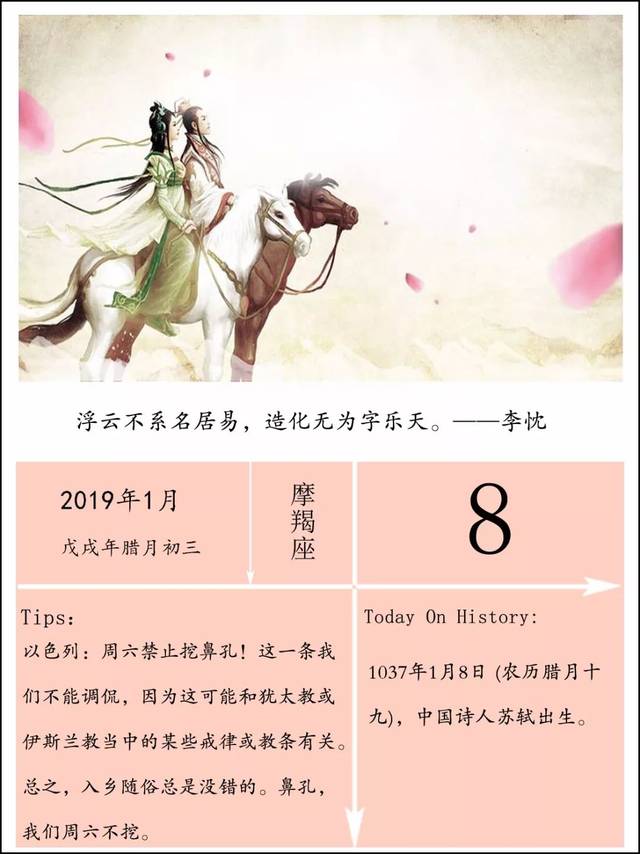
远梦归侵晓，家书到隔年。